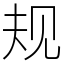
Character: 规